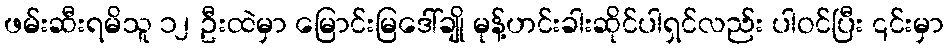
ဖမ်းဆီးရမိသူ ၁၂ ဦးထဲမှာ မြောင်းမြဒေါ်ချို မုန့်ဟင်းခါးဆိုင်ပါရှင်လည်း ပါဝင်ပြီး ၎င်းမှာ